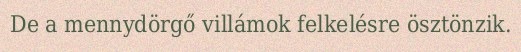
De a mennydörgő villámok felkelésre ösztönzik.